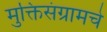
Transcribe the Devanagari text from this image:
मुक्तिसंग्रामचे